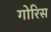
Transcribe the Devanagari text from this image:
गोरिस